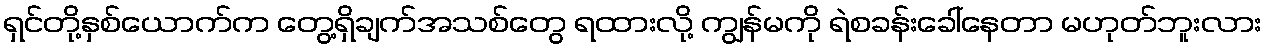
ရှင်တို့နှစ်ယောက်က တွေ့ရှိချက်အသစ်တွေ ရထားလို့ ကျွန်မကို ရဲစခန်းခေါ်နေတာ မဟုတ်ဘူးလား